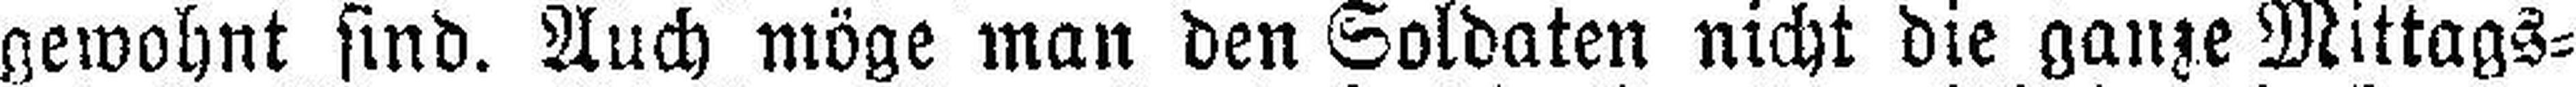
gewohnt sind. Auch möge man den Soldaten nicht die ganze Mittags¬